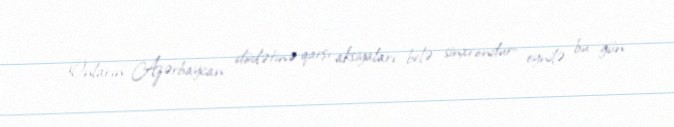
Onların Azərbaycan dövlətinə qarşı aksiyaları belə sinxrondur- eynilə bu gün